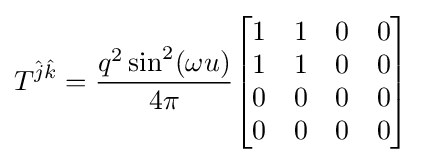
T^{{\hat {j}}{\hat {k}}}={\frac {q^{2}\sin ^{2}(\omega u)}{4\pi }}{\begin{bmatrix}1&1&0&0\\1&1&0&0\\0&0&0&0\\0&0&0&0\end{bmatrix}}